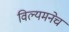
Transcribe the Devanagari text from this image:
विल्यमनेच